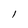
Character: l